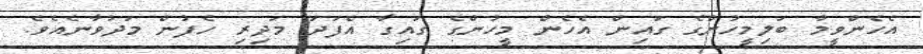
އެހެންވީމާ ބަލިމީހުންގެ ގައިން އެހެން މީހުންގެ ގައިގާ އެފަދަ މަދިރި ހެފުން މަދުވާނެއެވެ.